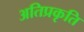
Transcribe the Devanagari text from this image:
अतिप्रकृति